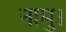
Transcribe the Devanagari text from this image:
नामु।